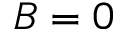
B = 0